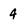
Character: 4